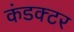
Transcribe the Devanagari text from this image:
कंडक्‍टर